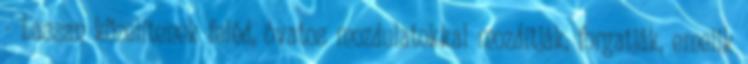
- Lassan közelítenek feléd, óvatos mozdulatokkal mozdítják, forgatják, emelik